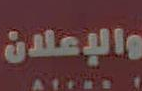
والإعلان